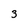
Character: 3